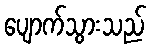
ပျောက်သွားသည်